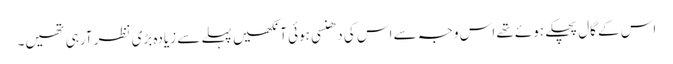
اس کے گال پچکے ہوئے تھے اس وجہ سے اس کی دھنسی ہوئی آنکھیں پہلے سے زیادہ بڑی نظر آرہی تھیں۔